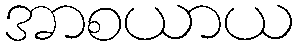
အာစယာယ